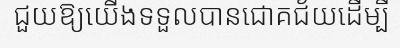
ជួយឱ្យយើងទទួលបានជោគជ័យដើម្បី